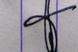
Signature authenticity: genuine